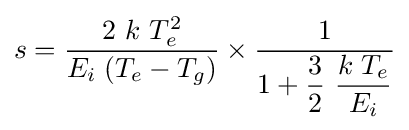
s={\frac {2\ k\ T_{e}^{2}}{E_{i}\;(T_{e}-T_{g})}}\times {\frac {1}{1+{\dfrac {3}{2}}\ {\dfrac {k\;T_{e}}{E_{i}}}}}